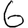
Digit: 6